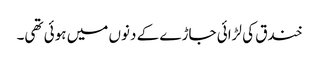
خندق کی لڑائی جاڑے کے دنوں میں ہوئی تھی۔